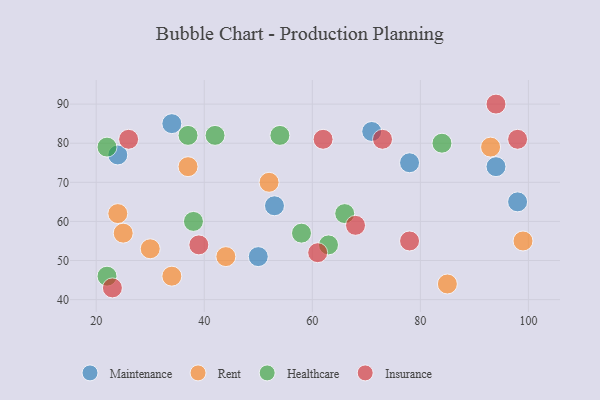
{"axis": {"x": "GDP", "y": "Life Expectancy"}, "legend": ["Healthcare", "Insurance", "Maintenance", "Rent"], "data": [{"x": "50", "y": 51, "type": "Maintenance"}, {"x": "71", "y": 83, "type": "Maintenance"}, {"x": "34", "y": 85, "type": "Maintenance"}, {"x": "24", "y": 77, "type": "Maintenance"}, {"x": "53", "y": 64, "type": "Maintenance"}, {"x": "78", "y": 75, "type": "Maintenance"}, {"x": "94", "y": 74, "type": "Maintenance"}, {"x": "98", "y": 65, "type": "Maintenance"}, {"x": "85", "y": 44, "type": "Rent"}, {"x": "52", "y": 70, "type": "Rent"}, {"x": "25", "y": 57, "type": "Rent"}, {"x": "24", "y": 62, "type": "Rent"}, {"x": "99", "y": 55, "type": "Rent"}, {"x": "37", "y": 74, "type": "Rent"}, {"x": "30", "y": 53, "type": "Rent"}, {"x": "44", "y": 51, "type": "Rent"}, {"x": "93", "y": 79, "type": "Rent"}, {"x": "34", "y": 46, "type": "Rent"}, {"x": "22", "y": 46, "type": "Healthcare"}, {"x": "38", "y": 60, "type": "Healthcare"}, {"x": "58", "y": 57, "type": "Healthcare"}, {"x": "22", "y": 79, "type": "Healthcare"}, {"x": "37", "y": 82, "type": "Healthcare"}, {"x": "63", "y": 54, "type": "Healthcare"}, {"x": "42", "y": 82, "type": "Healthcare"}, {"x": "54", "y": 82, "type": "Healthcare"}, {"x": "84", "y": 80, "type": "Healthcare"}, {"x": "66", "y": 62, "type": "Healthcare"}, {"x": "61", "y": 52, "type": "Insurance"}, {"x": "98", "y": 81, "type": "Insurance"}, {"x": "26", "y": 81, "type": "Insurance"}, {"x": "73", "y": 81, "type": "Insurance"}, {"x": "78", "y": 55, "type": "Insurance"}, {"x": "62", "y": 81, "type": "Insurance"}, {"x": "94", "y": 90, "type": "Insurance"}, {"x": "39", "y": 54, "type": "Insurance"}, {"x": "68", "y": 59, "type": "Insurance"}, {"x": "23", "y": 43, "type": "Insurance"}]}